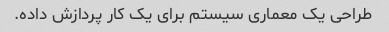
طراحی یک معماری سیستم برای یک کار پردازش داده.